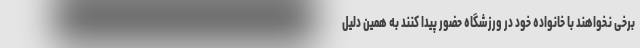
برخی نخواهند با خانواده خود در ورزشگاه حضور پیدا کنند به همین دلیل